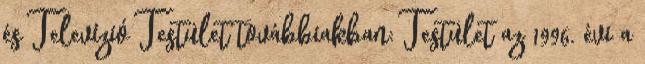
és Televízió Testület továbbiakban: Testület az 1996. évi a